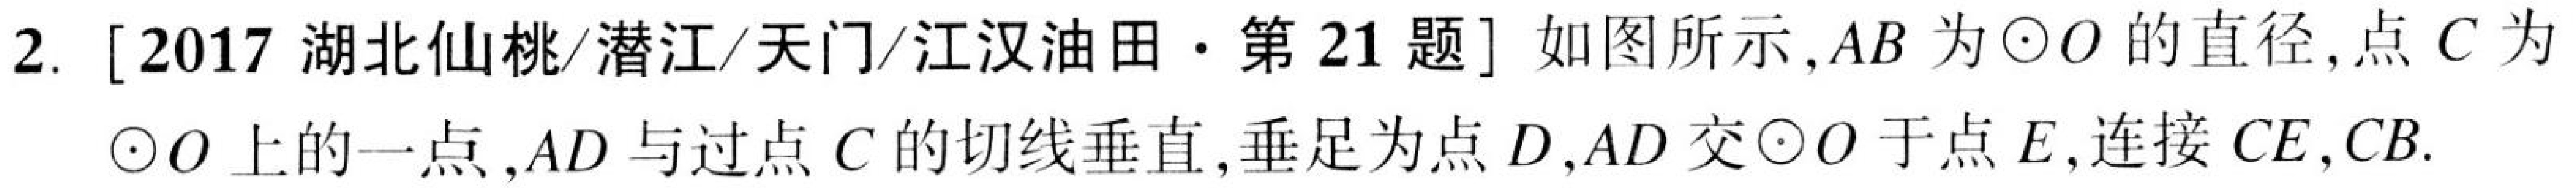
2. [2017 湖北仙桃/潜江/天门/江汉油田·第 21 题] 如图所示,$AB$为$\odot O$的直径,点$C$为
$\odot O$上的一点,$AD$与过点$C$的切线垂直,垂足为点$D$,$AD$交$\odot O$于点$E$,连接$CE,CB.$